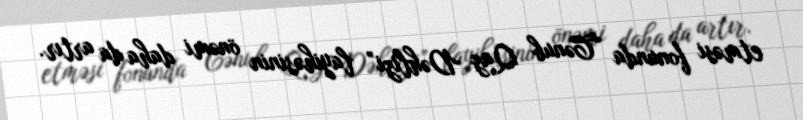
etməsi fonunda “Cənub Qaz Dəhlizi” layihəsinin önəmi daha da artır.